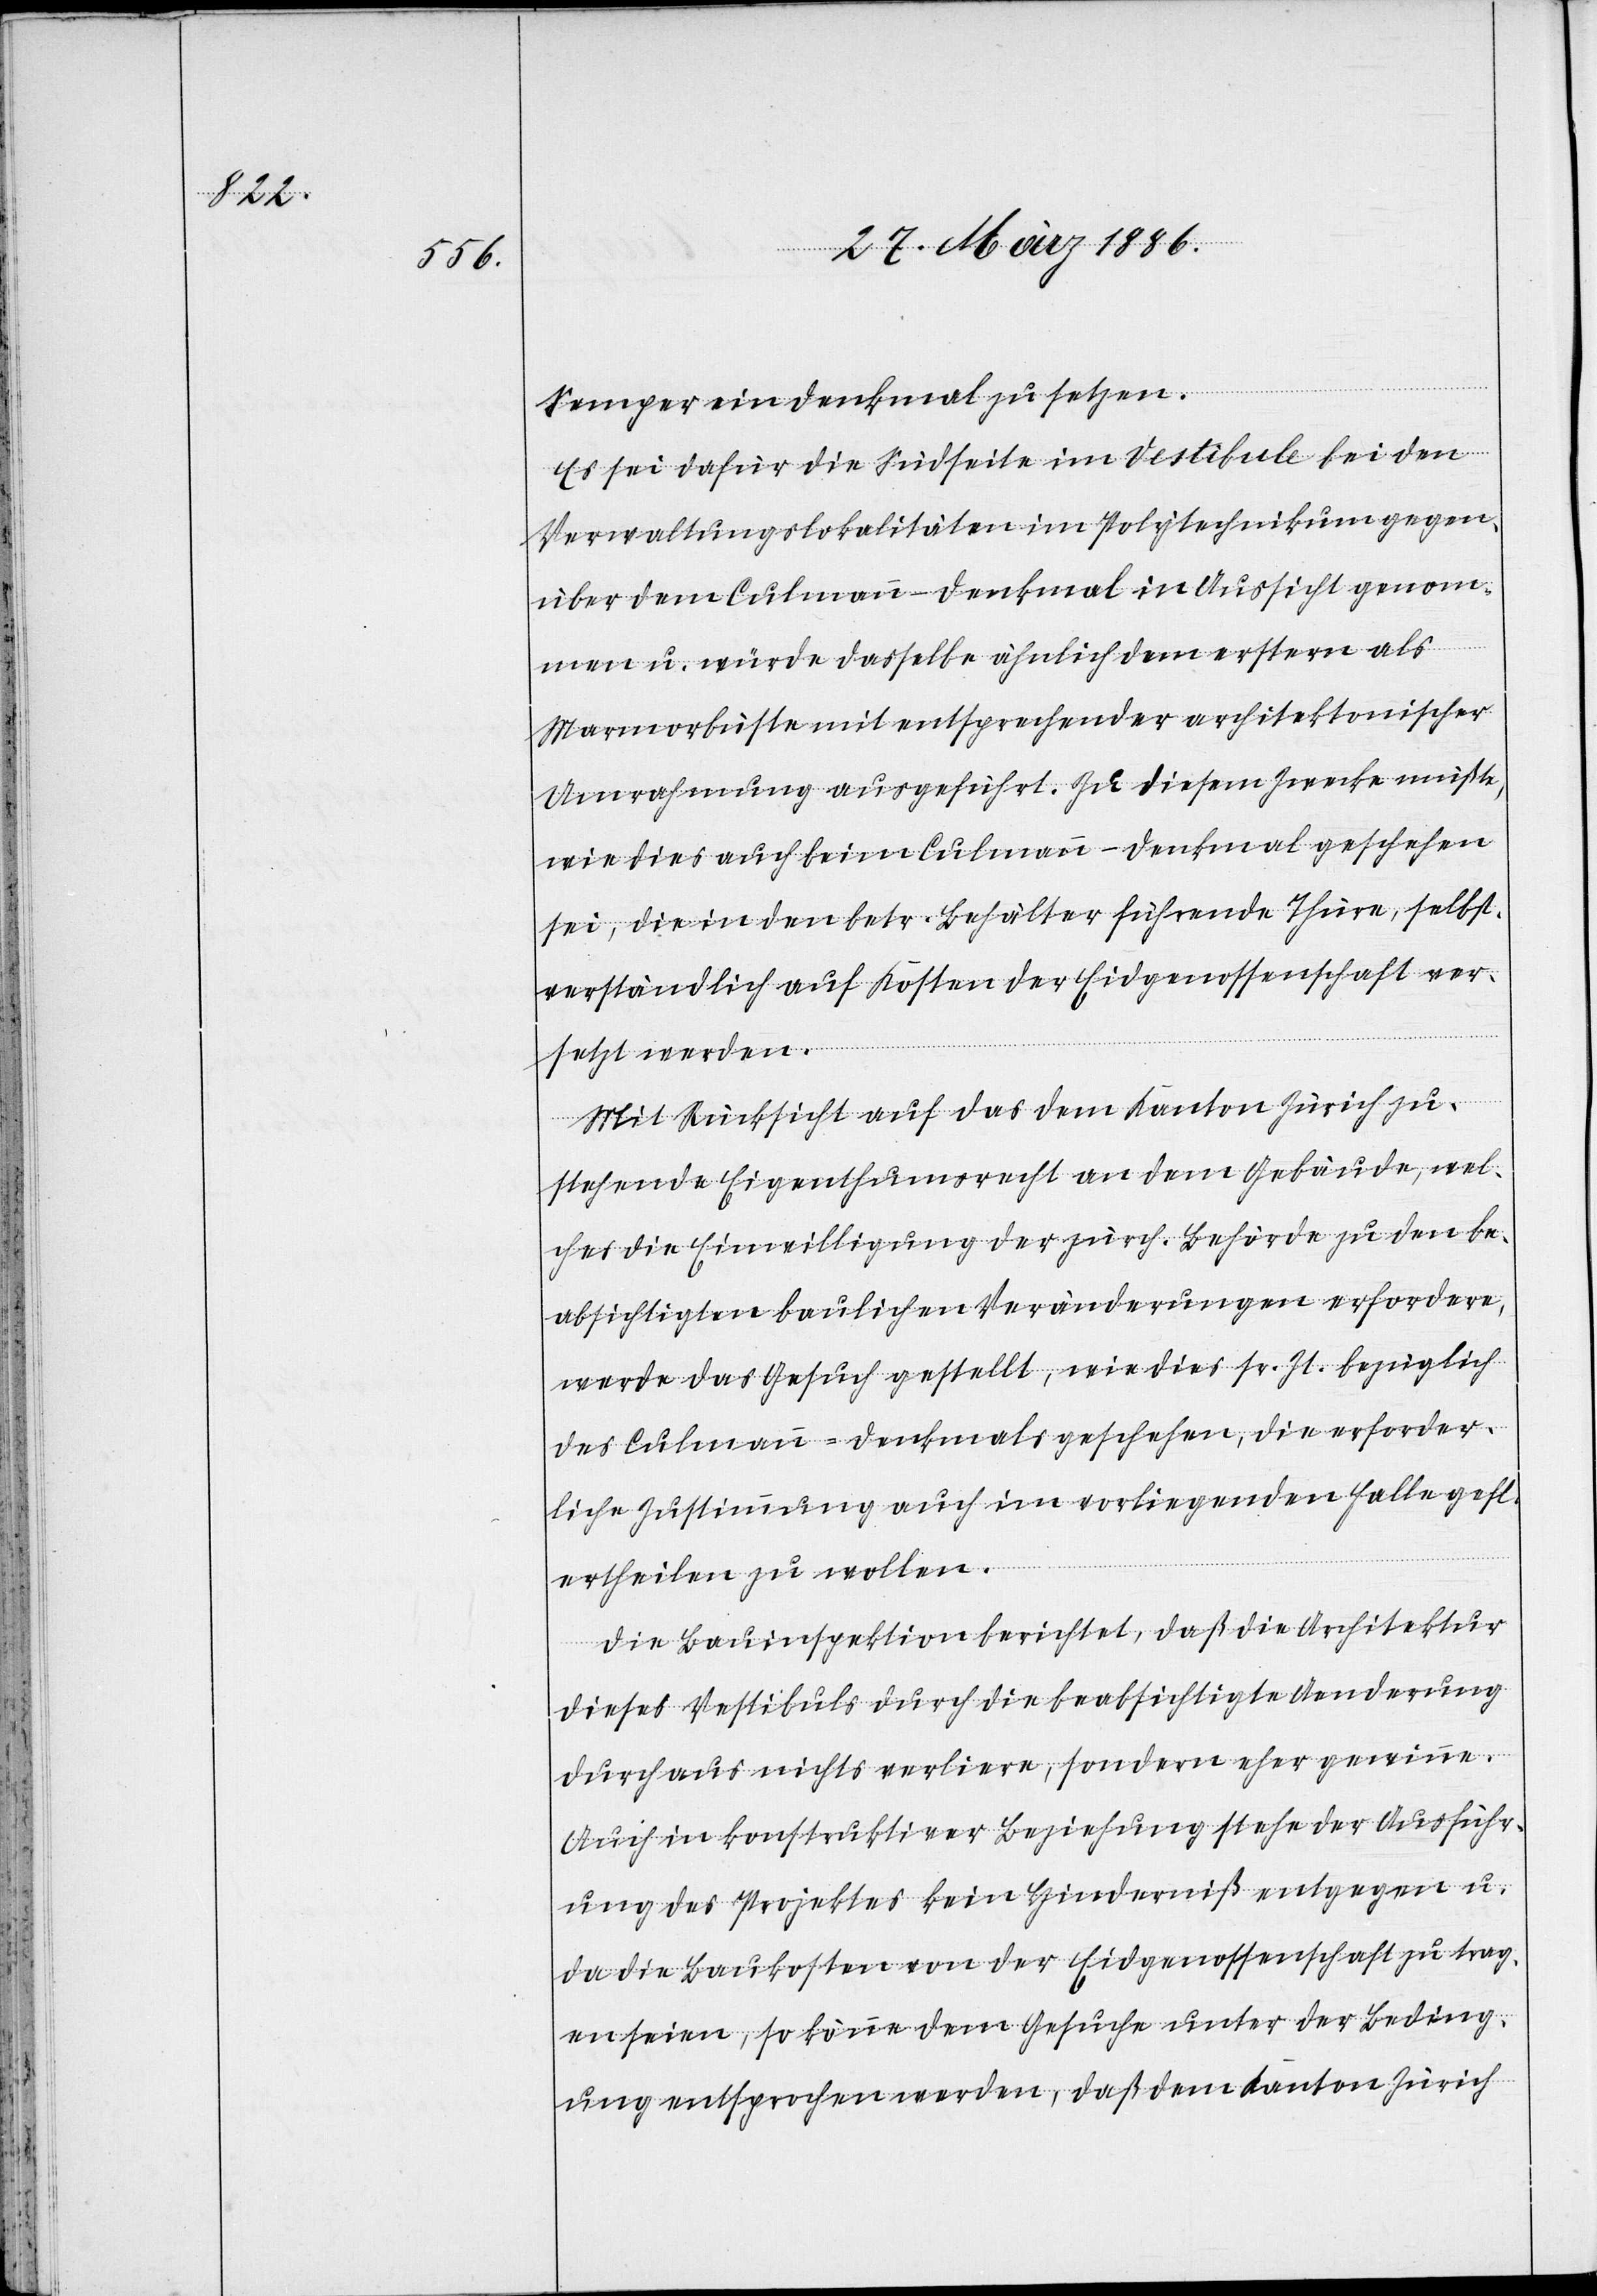
Semper ein Denkmal zu setzen.
Es sei dafür die Südseite im Vestibule bei den
Verwaltungslokalitäten im Polytechnikum gegen¬
über dem Culmann-Denkmal in Aussicht genom¬
men u. würde dasselbe ähnlich dem erstern als
Marmorbüste mit entsprechender architektonischer
Umrahmung ausgeführt. Zu diesem Zwecke müßte,
wie dies auch beim Culmann-Denkmal geschehen
sei, die in den betr. Behälter führende Thüre, selbst¬
verständlich auf Kosten der Eidgenossenschaft ver¬
setzt werden.
Mit Rücksicht auf das dem Kanton Zürich zu¬
stehende Eigenthumsrecht an dem Gebäude, wel¬
ches die Einwilligung der zürch. Behörde zu den be¬
absichtigten baulichen Veränderungen erfordere,
werde das Gesuch gestellt, wie dies sr. Zt. bezüglich
des Culmann-Denkmals geschehen, die erforder¬
liche Zustimmung auch im vorliegenden Falle gefl.
ertheilen zu wollen.
Die Bauinspektion berichtet, daß die Architektur
dieses Vestibules durch die beabsichtigte Aenderung
durchaus nichts verliere, sondern eher gewinne.
Auch in konstruktiver Beziehung stehe der Ausführ¬
ung des Projektes kein Hinderniß entgegen u.
da die Baukosten von der Eidgenossenschaft zu trag¬
en seien, so käme dem Gesuche unter der Beding¬
ung entsprochen werden, daß dem Kanton Zürich